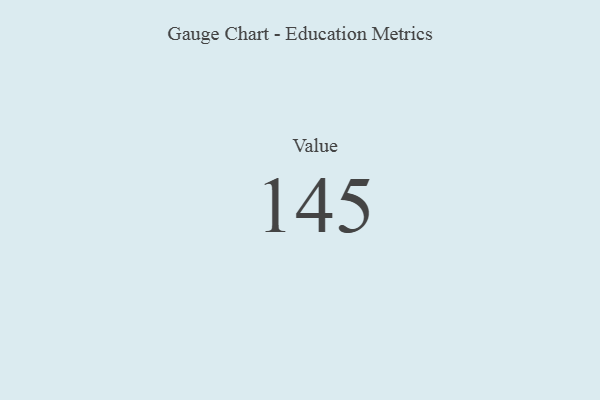
{"axis": {"x": "Metric", "y": "Value"}, "legend": [""], "data": [{"x": "Value", "y": 145, "type": ""}]}